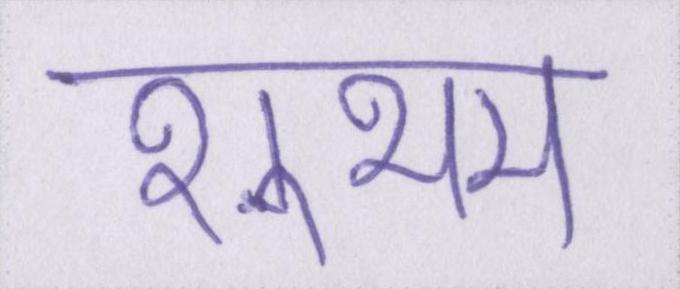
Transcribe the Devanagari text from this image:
शुभम